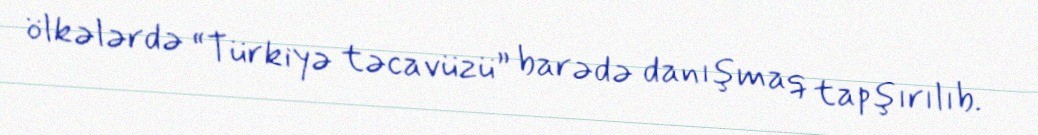
ölkələrdə “Türkiyə təcavüzü” barədə danışmaq tapşırılıb.